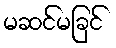
မဆင်မခြင်